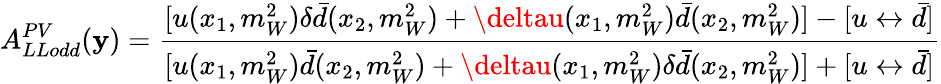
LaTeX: A_{LLodd}^{PV}(\mathbf{y})={\frac{{[u(x_{1},m_{W}^{2})\delta\bar{{d}}(x_{2},m_{W}^{2})+\deltau(x_{1},m_{W}^{2})\bar{{d}}(x_{2},m_{W}^{2})]-[u\leftrightarrow\bar{{d}}]}}{{[u(x_{1},m_{W}^{2})\bar{{d}}(x_{2},m_{W}^{2})+\deltau(x_{1},m_{W}^{2})\delta\bar{{d}}(x_{2},m_{W}^{2})]+[u\leftrightarrow\bar{{d}}]}}}